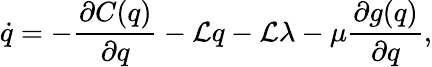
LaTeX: \dot{q}=-\frac{\partial C(q)}{\partial q}-\mathcal{L}q-\mathcal{L}\lambda-\mu\frac{\partial g(q)}{\partial q},